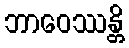
ဘာဝေဿန္တိ